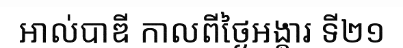
អាល់បាឌី កាលពីថ្ងៃអង្គារ ទី២១